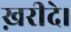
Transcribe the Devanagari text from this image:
ख़रीदे।